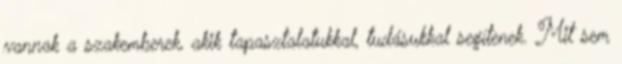
vannak a szakemberek, akik tapasztalatukkal, tudásukkal segítenek. Mit sem